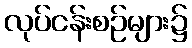
လုပ်ငန်းစဉ်များ၌